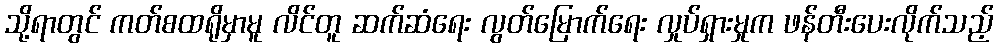
သို့ရာတွင် ကတ်စထရိုမှာမူ လိင်တူ ဆက်ဆံရေး လွတ်မြောက်ရေး လှုပ်ရှားမှုက ဖန်တီးပေးလိုက်သည့်